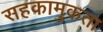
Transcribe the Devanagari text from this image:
सहकामुकता